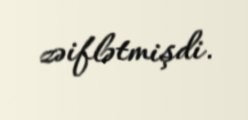
zəiflətmişdi.